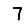
Digit: 7